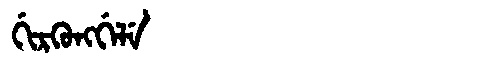
Manchu: ᡤᡳᡵᡴᡠᠩᡤᡝᠯᡝ
Romanization: GIRKUNGGELE